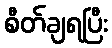
စီတ်ချရပြီး